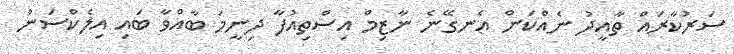
ސަރުކާރައް ތާއީދު ނެއްކަން އެނގޭނެ ނާޒިމް އިސްތިއުފާ ދިނީމަ ބާއްވާ ބައި އިލެކްސަން